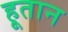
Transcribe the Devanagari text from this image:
हूतान